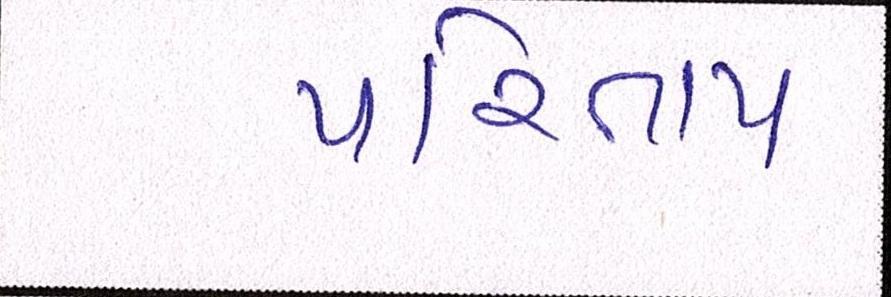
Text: પરિતાપ